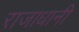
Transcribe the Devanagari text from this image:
राजाधानी